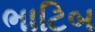
ભાટિબ